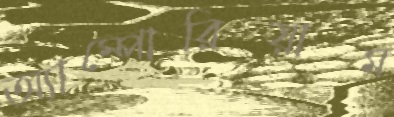
অ্যাম্পোরিয়াম